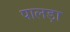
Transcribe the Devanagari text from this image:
पालड़ा